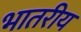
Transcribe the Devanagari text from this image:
भातरीय